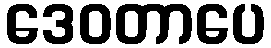
ဒေဝတာပေ